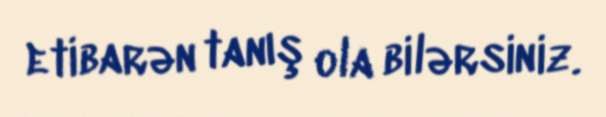
etibarən tanış ola bilərsiniz.